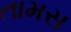
તામસ